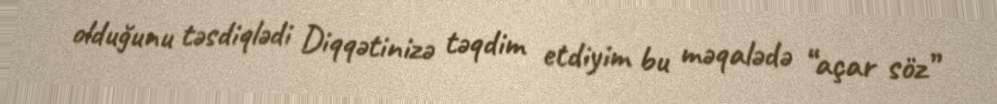
olduğunu təsdiqlədi Diqqətinizə təqdim etdiyim bu məqalədə “açar söz”